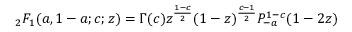
{ } _ { 2 } F _ { 1 } ( a , 1 - a ; c ; z ) = \Gamma ( c ) z ^ { \frac { 1 - c } { 2 } } ( 1 - z ) ^ { \frac { c - 1 } { 2 } } P _ { - a } ^ { 1 - c } ( 1 - 2 z )